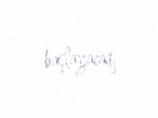
başlayacaq.